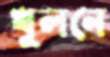
খুলনে